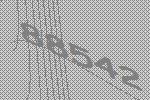
88542